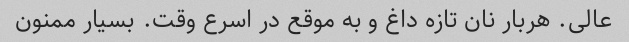
عالی. هربار نان تازه داغ و به موقع در اسرع وقت. بسیار ممنون